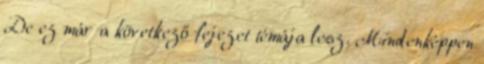
De ez már a következő fejezet témája lesz. Mindenképpen